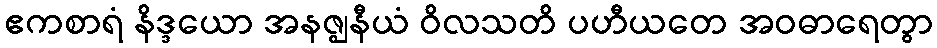
ဧကစာရံ နိဒ္ဒယော အနဇ္ဈနီယံ ဝိလသတိ ပဟီယတေ အဝဓာရေတွာ